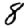
Digit: 8